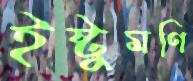
ইষ্টুমণি